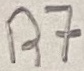
Text: R7